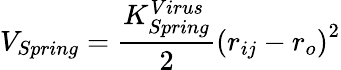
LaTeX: V_{Spring}=\frac{K_{Spring}^{Virus}}{2}\left(r_{ij}-r_{o}\right)^{2}